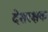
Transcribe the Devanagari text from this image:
देशरक्षक